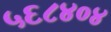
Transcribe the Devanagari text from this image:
५६८४०४